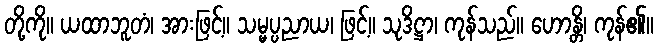
တို့ကို။ ယထာဘူတံ၊ အားဖြင့်။ သမ္မပ္ပညာယ၊ ဖြင့်။ သုဒိဋ္ဌာ၊ ကုန်သည်။ ဟောန္တိ၊ ကုန်၏။